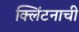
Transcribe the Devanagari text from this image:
क्लिंटनाची